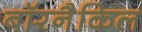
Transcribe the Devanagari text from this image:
बॉरनैकिल